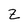
Character: Z